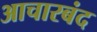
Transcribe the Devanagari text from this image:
आचारबंद